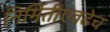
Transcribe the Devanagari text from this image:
निर्मितीएवढेच